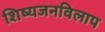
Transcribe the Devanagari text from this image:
शिष्यजनविलाप